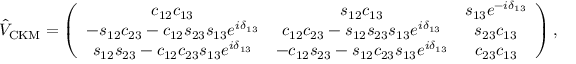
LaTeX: \hat { V } _ { \mathrm { C K M } } = \left( \begin{array} { c c c } { { c _ { 1 2 } c _ { 1 3 } } } & { { s _ { 1 2 } c _ { 1 3 } } } & { { s _ { 1 3 } e ^ { - i \delta _ { 1 3 } } } } \\ { { - s _ { 1 2 } c _ { 2 3 } - c _ { 1 2 } s _ { 2 3 } s _ { 1 3 } e ^ { i \delta _ { 1 3 } } } } & { { c _ { 1 2 } c _ { 2 3 } - s _ { 1 2 } s _ { 2 3 } s _ { 1 3 } e ^ { i \delta _ { 1 3 } } } } & { { s _ { 2 3 } c _ { 1 3 } } } \\ { { s _ { 1 2 } s _ { 2 3 } - c _ { 1 2 } c _ { 2 3 } s _ { 1 3 } e ^ { i \delta _ { 1 3 } } } } & { { - c _ { 1 2 } s _ { 2 3 } - s _ { 1 2 } c _ { 2 3 } s _ { 1 3 } e ^ { i \delta _ { 1 3 } } } } & { { c _ { 2 3 } c _ { 1 3 } } } \end{array} \right) ,